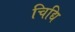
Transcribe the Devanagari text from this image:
चिद्यि